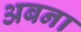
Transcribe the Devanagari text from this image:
अबना